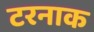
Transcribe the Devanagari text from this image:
टरनाक